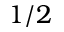
1 / 2